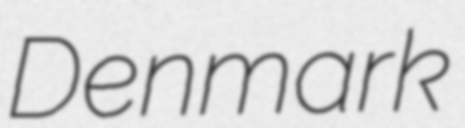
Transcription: Denmark